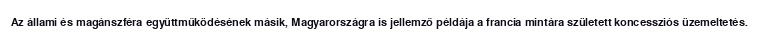
Az állami és magánszféra együttműködésének másik, Magyarországra is jellemző példája a francia mintára született koncessziós üzemeltetés.